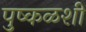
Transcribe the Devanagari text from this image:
पुष्कळशीं